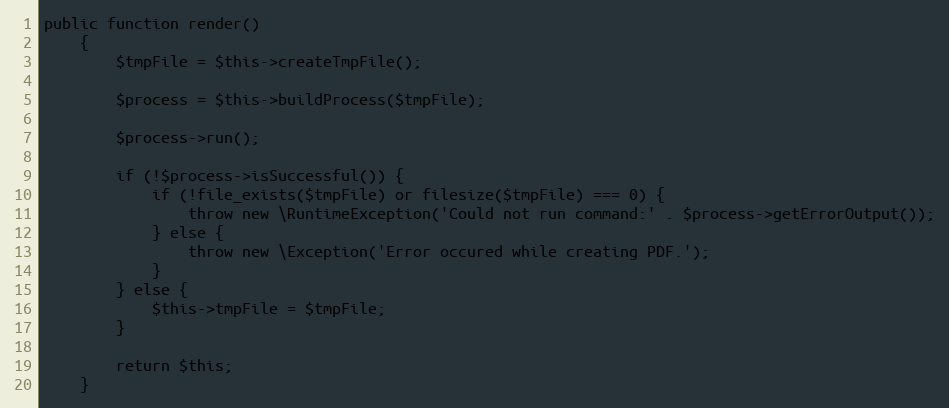
Language: PHP
public function render()
    {
        $tmpFile = $this->createTmpFile();

        $process = $this->buildProcess($tmpFile);

        $process->run();

        if (!$process->isSuccessful()) {
            if (!file_exists($tmpFile) or filesize($tmpFile) === 0) {
                throw new \RuntimeException('Could not run command:' . $process->getErrorOutput());
            } else {
                throw new \Exception('Error occured while creating PDF.');
            }
        } else {
            $this->tmpFile = $tmpFile;
        }

        return $this;
    }